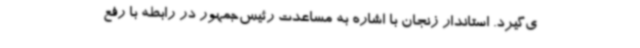
ی‌گیرد. استاندار زنجان با اشاره به مساعدت رئیس‌جمهور در رابطه با رفع